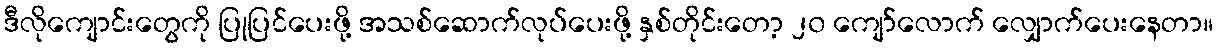
ဒီလိုကျောင်းတွေကို ပြုပြင်ပေးဖို့ အသစ်ဆောက်လုပ်ပေးဖို့ နှစ်တိုင်းတော့ ၂၀ ကျော်လောက် လျှောက်ပေးနေတာ။